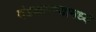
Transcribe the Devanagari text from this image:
दंडकारण्यामध्ये